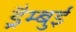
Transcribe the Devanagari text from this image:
ड्रैम्बुई